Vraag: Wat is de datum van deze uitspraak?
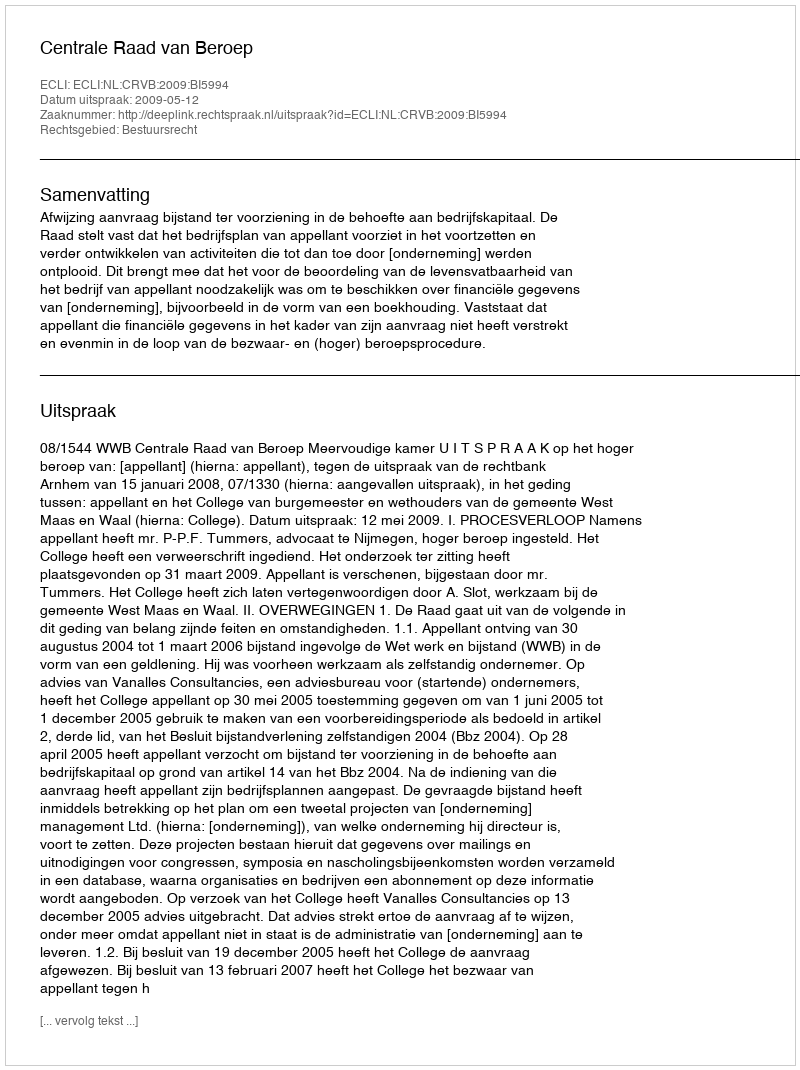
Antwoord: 2009-05-12